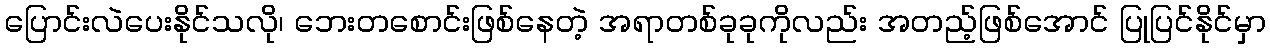
ပြောင်းလဲပေးနိုင်သလို၊ ဘေးတစောင်းဖြစ်နေတဲ့ အရာတစ်ခုခုကိုလည်း အတည့်ဖြစ်အောင် ပြုပြင်နိုင်မှာ